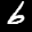
Label: 6